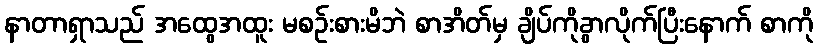
နာတာရှာသည် အထွေအထူး မစဉ်းစားမိဘဲ စာအိတ်မှ ချိပ်ကိုခွာလိုက်ပြီးနောက် စာကို